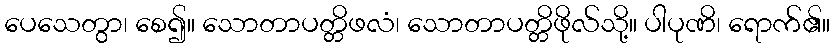
ပေသေတွာ၊ စေ၍။ သောတာပတ္တိဖလံ၊ သောတာပတ္တိဖိုလ်သို့။ ပါပုဏိ၊ ရောက်၏။